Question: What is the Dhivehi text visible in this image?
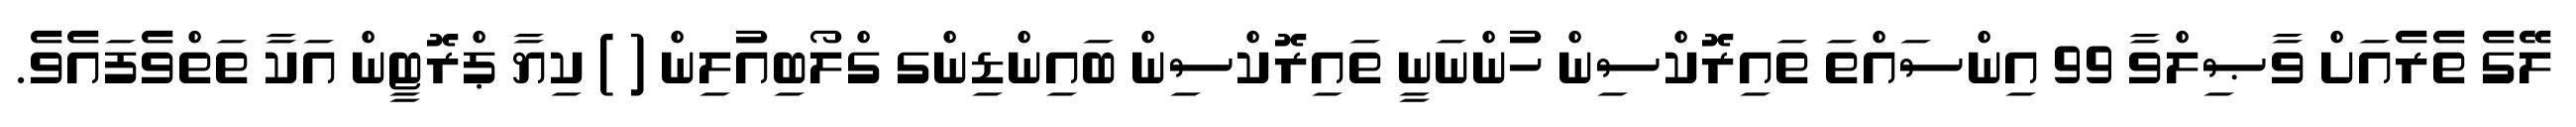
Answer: ލޭގެ ތެރެއަށް ވާޞިލްވާ 99 އިންސައްތަ ތައިރޮކްސިން ހުންނަނީ ތައިރޮކްސިން ބައިންޑިންގ ގްލޯބިއުލިން ( ) ކިޔާ ޕްރޮޓީން އަކާ ތަތްވެފައެވެ.